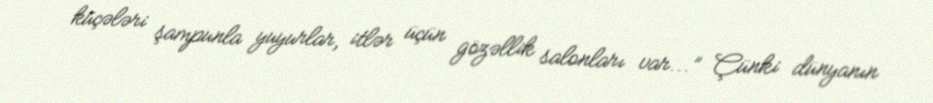
küçələri şampunla yuyurlar, itlər üçün gözəllik salonları var...” Çünki dünyanın